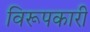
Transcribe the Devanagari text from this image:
विरूपकारी